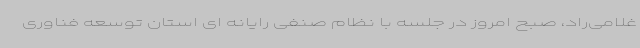
غلامی‌راد، صبح امروز در جلسه با نظام صنفی رایانه ای استان توسعه فناوری